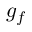
g _ { f }